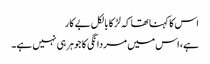
اس کا کہنا تھا کہ لڑکا بالکل بے کار
ہے، اس میں مردانگی کا جوہر ہی نہیں ہے۔